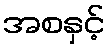
အစနှင့်